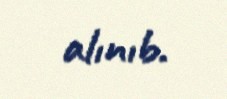
alınıb.